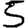
Digit: 5